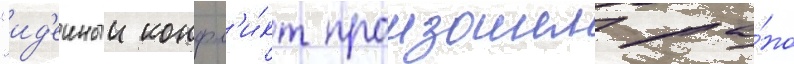
"ид'еиныи конфл'и́кт произошел ра́но